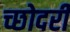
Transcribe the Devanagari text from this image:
च्छोदरी